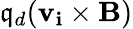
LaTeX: \mathfrak{q}_{d}(\mathbf{{v_{i}}}\times\mathbf{{B}})